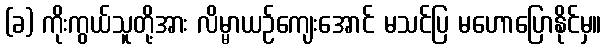
(ခ) ကိုးကွယ်သူတို့အား လိမ္မာယဉ်ကျေးအောင် မသင်ပြ မဟောပြောနိုင်မှ။